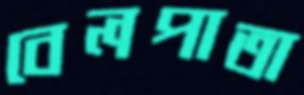
বেলপাতা